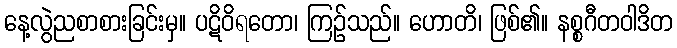
နေ့လွဲညစာစားခြင်းမှ။ ပဋိဝိရတော၊ ကြဉ်သည်။ ဟောတိ၊ ဖြစ်၏။ နစ္စဂီတဝါဒိတ